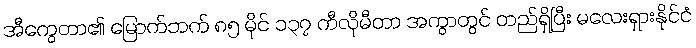
အီကွေတာ၏ မြောက်ဘက် ၈၅ မိုင် ၁၃၇ ကီလိုမီတာ အကွာတွင် တည်ရှိပြီး မလေးရှားနိုင်ငံ